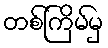
တစ်ကြိမ်မှ